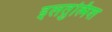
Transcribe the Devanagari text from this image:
इलतुत्मिश